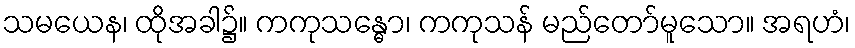
သမယေန၊ ထိုအခါ၌။ ကကုသန္ဓော၊ ကကုသန် မည်တော်မူသော။ အရဟံ၊